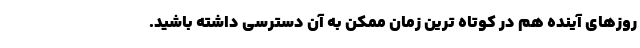
روزهای آینده هم در کوتاه ترین زمان ممکن به آن دسترسی داشته باشید.